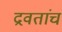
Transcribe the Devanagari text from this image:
द्रवतांच